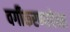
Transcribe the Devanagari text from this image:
वर्गीकरणापेक्षा